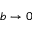
b \to 0